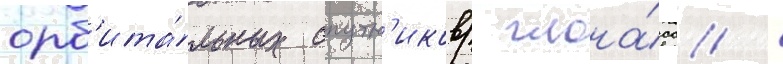
орб'ита́льных спутн'иков/ глона́сс /